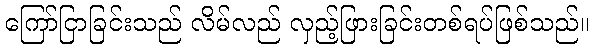
ကြော်ငြာခြင်းသည် လိမ်လည် လှည့်ဖြားခြင်းတစ်ရပ်ဖြစ်သည်။